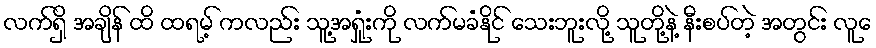
လက်ရှိ အချိန် ထိ ထရမ့် ကလည်း သူ့အရှုံးကို လက်မခံနိုင် သေးဘူးလို့ သူတို့နဲ့ နီးစပ်တဲ့ အတွင်း လူေ